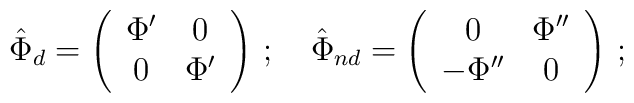
\hat\Phi_d=\left(\begin{array}{ccc}\Phi'&0\\    0&\Phi'\\ \end{array} \right)\,;\,\,\,\,\,\,   \hat\Phi_{nd}=\left(\begin{array}{ccc}0&\Phi''\\    -\Phi''&0\\ \end{array} \right)\,;